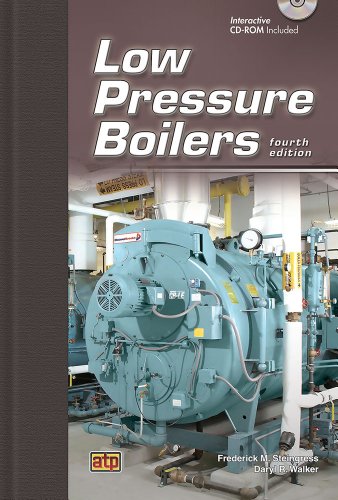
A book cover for Low Pressure Boilers; Frederick M. Steingress; Engineering & Transportation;